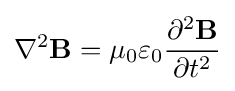
\nabla ^{2}\mathbf {B} =\mu _{0}\varepsilon _{0}{\frac {\partial ^{2}\mathbf {B} }{\partial t^{2}}}